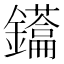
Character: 𮣢